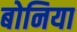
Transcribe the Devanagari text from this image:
बोनिया